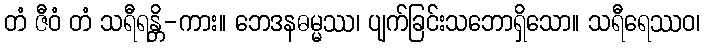
တံ ဇီဝံ တံ သရီရန္တိ-ကား။ ဘေဒနဓမ္မဿ၊ ပျက်ခြင်းသဘောရှိသော။ သရီရေဿဝ၊